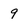
Character: 9